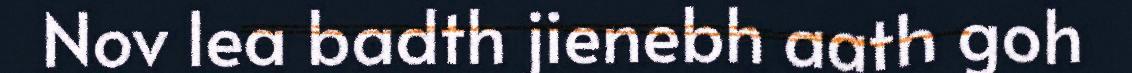
Nov lea badth jienebh aath goh